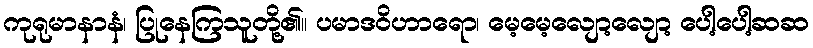
ကုရုမာနာနံ၊ ပြုနေကြသူတို့၏။ ပမာဒဝိဟာရော၊ မေ့မေ့လျော့လျော့ ပေါ့ပေါ့ဆဆ